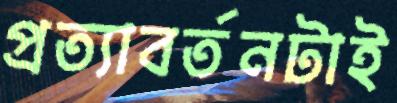
প্রত্যাবর্তনটাই